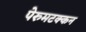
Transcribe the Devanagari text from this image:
पेरुमटक्कन